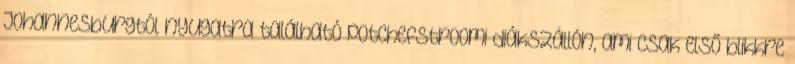
Johannesburgtól nyugatra található potchefstroomi diákszállón, ami csak első blikkre